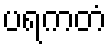
ပရကတံ